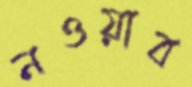
নওয়াব